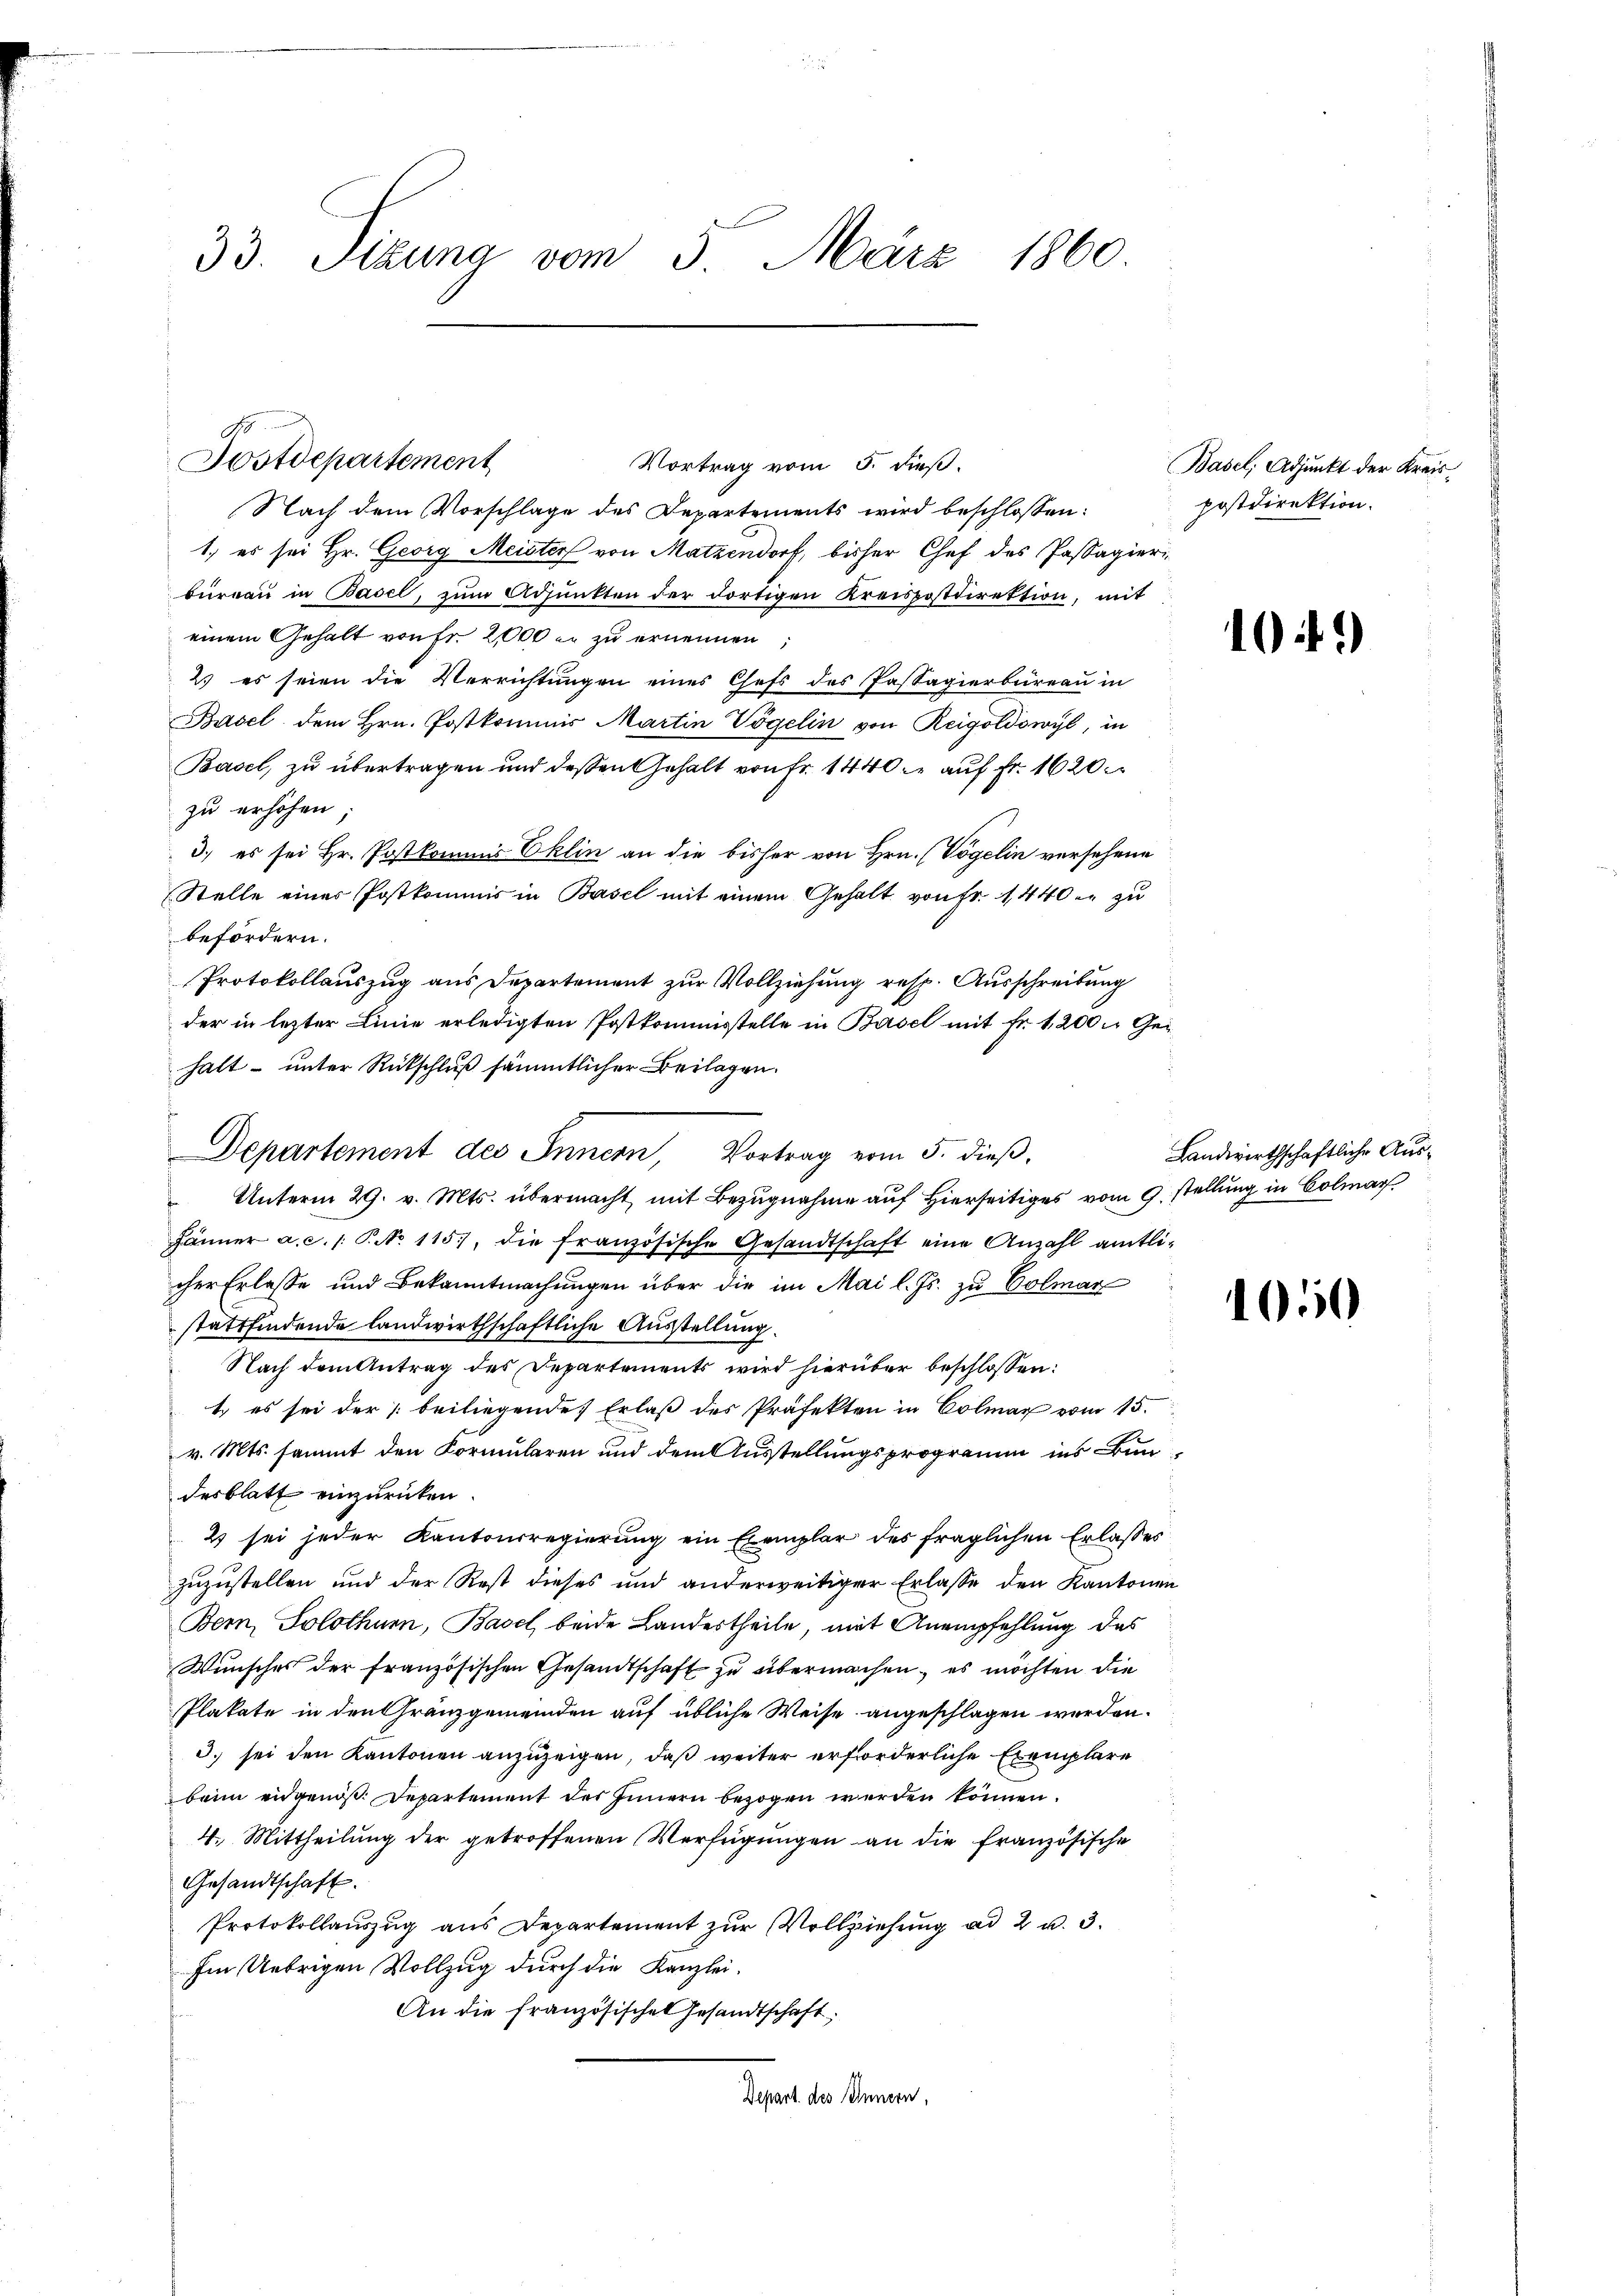
33. Sizung vom 3. März 1860.

Postdepartement
Vortrag vom 5. dieß.
Nach dem Vorschlage des Departements wird beschlossen:
1.) es sei Hr. Georg Meister von Matzendorf, bisher Chef des Passagieri
büreaŭ in Basel, zŭm Adjunkten der dortigen Kreispostdirektion, mit
einem Gehalt von Fr. 2000 er zu ernennen;
2. es seien die Verrichtungen eines Chefs des Passagierbüreau in
Basel dem Hrn. Postkommis Martin Vögelin von Reigoldowyl, in
Basel, zu übertragen und deßen Gehalt von Fr. 1440. auf Fr. 1620.
zu erhöhen;
3.) es sei Hr. Postkommis Eklin an die bisher von Hrn. (Vögelin versehene
Stelle einer Postkommis in Basel mit einem Gehalt von Fr. 1,440. zu
befördern.
Protokollauszug aus Departement zur Vollziehung resp. Ausschreibung
der in lezter Linie erledigten Postkommisstelle in Basel mit Fr. 1200 Gei
halt unter Rückschluß sämmtlicher Beilagen.
 Unterm 29. v. Mts. übermacht mit Bezŭgnahme aŭf hierseitiges vom 9. stellŭng in Colmar
Jänner a.c. s. P. No 115, die französische Gesandtschaft eine Anzahl amtli-
cher Erlasse und Bekanntmachungen über die im Mai l. Js. zu Colmar
stattfindende landwirthschaftliche Ausstellung.
Nach dem Antrag des Departements wird hierüber beschlossen:
1. es sei der  beiliegende Erlaß des Präfekten in Colmar vom 15.
v. Mts. sammt den Formularen und dem Ausstellungsprogramm ins Bundesblatt einzurücken.
2 sei jeder Kantonsregierung ein Exemplar des fraglichen Erlasses
zuzustellen und der Rest dieses und anderweitiger Erlasse den Kantonen
Bern, Solothurn, Basel beide Landestheile, mit Anempfehlung des
Wunsches der französischen Gesandtschaft zu übermachen, es möchten die
Plakate in den Granzgemeinden auf übliche Weise angeschlagen werden.
3. sei den Kantonen anzuzeigen, daß weiter erforderliche Exemplare
beim eidgenöß. Departement des Innern bezogen werden können.
4. Mittheilŭng der getroffenen Verfügŭngen an die französische
Gesandtschaft.
Protokollauszug aus Departement zur Vollziehung ad 2 u. 3.
Im Uebrigen Vollzug durch die Kanzlei¬
An die französische Gesandtschaft:
Depart des Innern,

Departement des Innern, Vortrag vom 5. dieβ,

Basel, Adjunkt der Kreispostdirektion.

1

)

Landwirthschaftliche Aus¬

1050